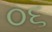
૦૬